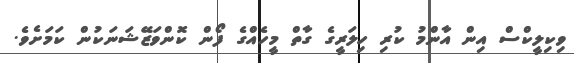
ވިކިލީކްސް އިން އާންމު ކުރި ހިލަރީގެ ގާތް މީހެއްގެ ފޯން ކޮންވަޒޭޝަނަކުން ކަމަށެވެ.